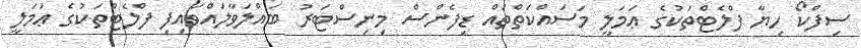
ސިފްކޯ ހިޔާ ފްލެޓްތަކުގެ ޢަމަލީ މަސައްކަތްތައް ޑިފެންސް މިނިސްޓަރު ބައްލަވާލައްވައިފި ފްލެޓްތަކުގެ ޢަމަލީ